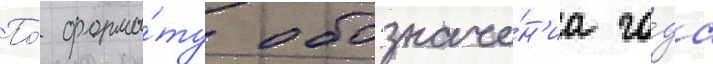
По́ форма́ту обозначе́н'иа го́да